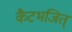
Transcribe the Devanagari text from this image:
कैटभजित्